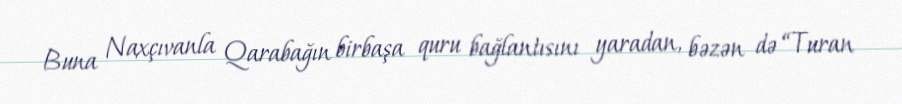
Buna Naxçıvanla Qarabağın birbaşa quru bağlantısını yaradan, bəzən də “Turan